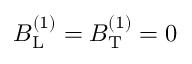
B _ { \mathrm { L } } ^ { ( 1 ) } = B _ { \mathrm { T } } ^ { ( 1 ) } = 0